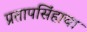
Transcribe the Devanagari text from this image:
प्रतापसिंहाचा